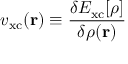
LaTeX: v _ { \mathrm { x c } } ( \mathbf { r } ) \equiv { \frac { \delta E _ { \mathrm { x c } } [ \rho ] } { \delta \rho ( \mathbf { r } ) } }